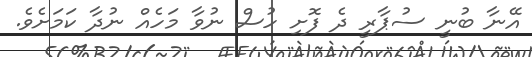
އޭނާ ބުނީ ސުޕާރީ ދެ ފޮށި ހުސް ނުވާ މަހެއް ނުދާ ކަމަށެވެ.